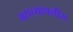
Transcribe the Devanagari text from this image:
असत्यापनीय